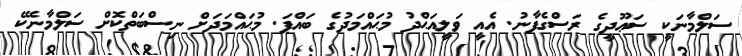
ސަލްމާނަކީ ސަޢޫދީގެ ރަސްގެފާނު. އެއީ ވަލީއަޙްދު މުޙައްމަދުގެ ބައްޕަ. މުޙައްމަދަށް ނިސްބަތްކޮށް ސަލްމާނެކޭ